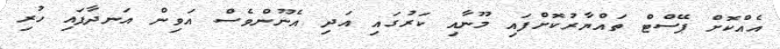
އެއްކޮށް ޕޭސްޓް ތައްޔާރުކޮށްފައި މޫނާއި ކަރުގައި އަދި އެނޫންވެސް އަވިން އަނދާފައި ހުރި